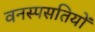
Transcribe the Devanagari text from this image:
वनस्पसतियों